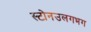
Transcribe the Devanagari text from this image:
स्टोनउलगभग